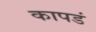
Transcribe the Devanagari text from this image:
कापडं